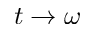
t \to \omega